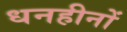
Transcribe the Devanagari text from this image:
धनहीनों